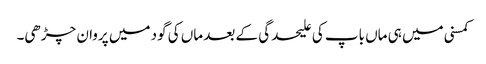
کمسنی میں ہی ماں باپ کی علیحدگی کے بعد ماں کی گود میں پروان چڑھی۔